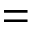
=